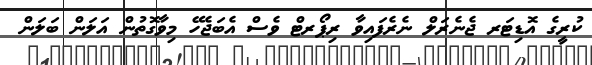
ކުރީގެ އޮޑިޓަރ ޖެނެރަލް ނެރެފައިވާ ރިޕޯރޓް ވެސް އެބަޖެހޭ މިވާގޮތުން އަލަން ބަލަން